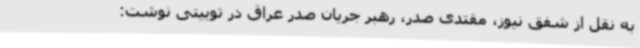
به نقل از شفق نیوز، مقتدی صدر، رهبر جریان صدر عراق در توییتی نوشت: